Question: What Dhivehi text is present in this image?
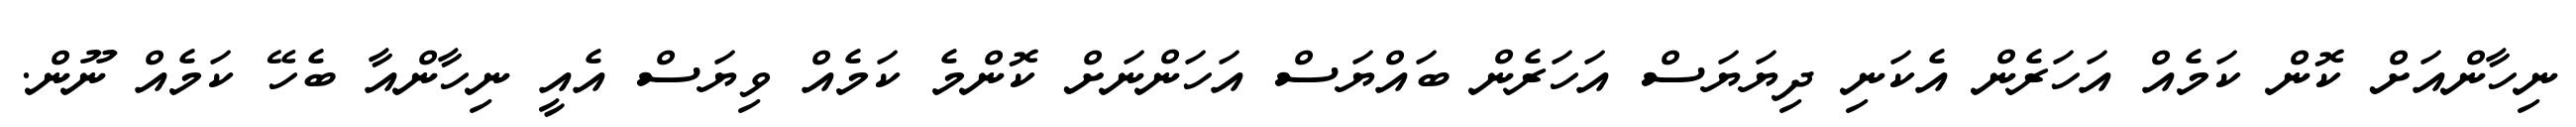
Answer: ނިހާންއަށް ކޮން ކަމެއް އަހަރެން އެކަނި ދިޔަޔަސް އަހަރެން ބައްޔަސް އަހަންނަށް ކޮންމެ ކަމެއް ވިޔަސް އެއީ ނިހާންއާ ބެހޭ ކަމެއް ނޫން.